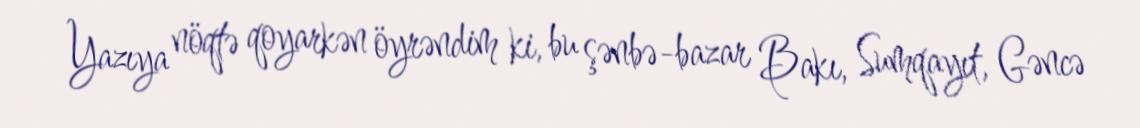
Yazıya nöqtə qoyarkən öyrəndim ki, bu şənbə-bazar Bakı, Sumqayıt, Gəncə